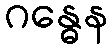
ဂန္ဓေန